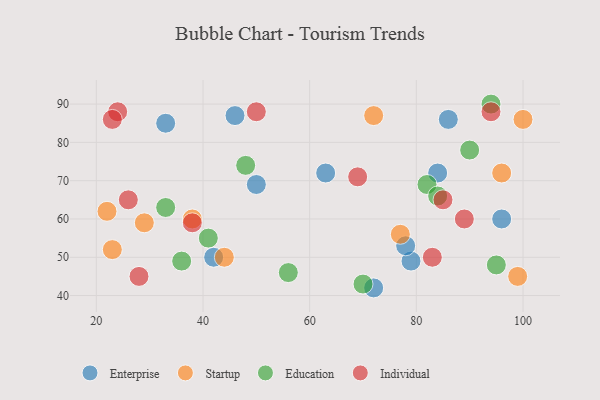
{"axis": {"x": "GDP", "y": "Life Expectancy"}, "legend": ["Education", "Enterprise", "Individual", "Startup"], "data": [{"x": "79", "y": 49, "type": "Enterprise"}, {"x": "50", "y": 69, "type": "Enterprise"}, {"x": "63", "y": 72, "type": "Enterprise"}, {"x": "72", "y": 42, "type": "Enterprise"}, {"x": "33", "y": 85, "type": "Enterprise"}, {"x": "42", "y": 50, "type": "Enterprise"}, {"x": "78", "y": 53, "type": "Enterprise"}, {"x": "96", "y": 60, "type": "Enterprise"}, {"x": "84", "y": 72, "type": "Enterprise"}, {"x": "86", "y": 86, "type": "Enterprise"}, {"x": "46", "y": 87, "type": "Enterprise"}, {"x": "38", "y": 60, "type": "Startup"}, {"x": "77", "y": 56, "type": "Startup"}, {"x": "23", "y": 52, "type": "Startup"}, {"x": "72", "y": 87, "type": "Startup"}, {"x": "29", "y": 59, "type": "Startup"}, {"x": "96", "y": 72, "type": "Startup"}, {"x": "100", "y": 86, "type": "Startup"}, {"x": "44", "y": 50, "type": "Startup"}, {"x": "22", "y": 62, "type": "Startup"}, {"x": "99", "y": 45, "type": "Startup"}, {"x": "48", "y": 74, "type": "Education"}, {"x": "94", "y": 90, "type": "Education"}, {"x": "36", "y": 49, "type": "Education"}, {"x": "95", "y": 48, "type": "Education"}, {"x": "82", "y": 69, "type": "Education"}, {"x": "41", "y": 55, "type": "Education"}, {"x": "84", "y": 66, "type": "Education"}, {"x": "33", "y": 63, "type": "Education"}, {"x": "70", "y": 43, "type": "Education"}, {"x": "56", "y": 46, "type": "Education"}, {"x": "90", "y": 78, "type": "Education"}, {"x": "24", "y": 88, "type": "Individual"}, {"x": "83", "y": 50, "type": "Individual"}, {"x": "23", "y": 86, "type": "Individual"}, {"x": "69", "y": 71, "type": "Individual"}, {"x": "26", "y": 65, "type": "Individual"}, {"x": "50", "y": 88, "type": "Individual"}, {"x": "94", "y": 88, "type": "Individual"}, {"x": "28", "y": 45, "type": "Individual"}, {"x": "89", "y": 60, "type": "Individual"}, {"x": "85", "y": 65, "type": "Individual"}, {"x": "38", "y": 59, "type": "Individual"}]}